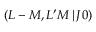
\left( L - M , L ^ { \prime } M \, | \, J 0 \right)